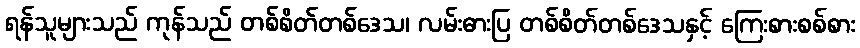
ရန်သူများသည် ကုန်သည် တစ်စိတ်တစ်ဒေသ၊ လမ်းဓားပြ တစ်စိတ်တစ်ဒေသနှင့် ကြေးစားစစ်စား